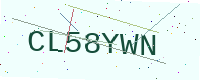
Text: CL58YWN